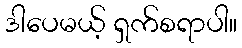
ဒါပေမယ့် ရှက်စရာပါ။